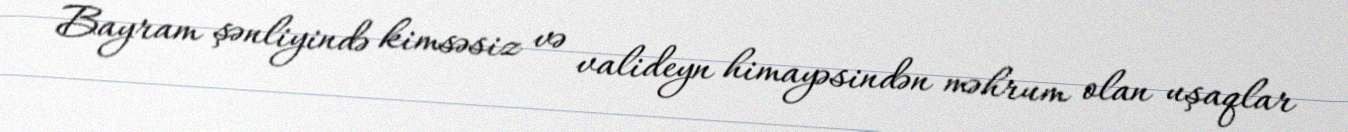
Bayram şənliyində kimsəsiz və valideyn himayəsindən məhrum olan uşaqlar